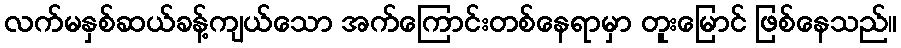
လက်မနှစ်ဆယ်ခန့်ကျယ်သော အက်ကြောင်းတစ်နေရာမှာ တူးမြောင် ဖြစ်နေသည်။